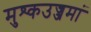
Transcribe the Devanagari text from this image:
मुश्कउज्जमां